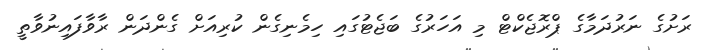
ރަށުގެ ނަރުދަމާގެ ޕްރޮޖެކްޓް މި އަހަރުގެ ބަޖެޓުގައި ހިމެނިގެން ކުރިއަށް ގެންދަން ރާވާފައިނުވާތީ